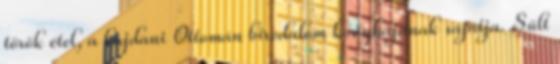
török étel, a hajdani Ottomán birodalom konyhájának sajátja. Sült